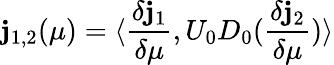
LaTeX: \mathbf{j}_{1,2}(\mu)=\langle\frac{{\delta\mathbf{j}_{1}}}{{\delta\mu}},U_{0}D_{0}(\frac{{\delta\mathbf{j}_{2}}}{{\delta\mu}})\rangle